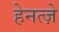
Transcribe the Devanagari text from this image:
हेनत्ज़े